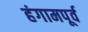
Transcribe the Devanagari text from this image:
हंगामपूर्व